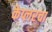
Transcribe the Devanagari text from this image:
केप्लरचा